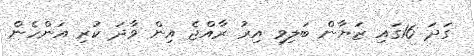
ގަދަ 16ގައި ޒަޔާން ބަލިވި އިރު ރާއްޖެ އިން ވާދަ ކުރި އަންހެން